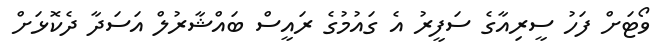
ވޯޓަށް ފަހު ސީރިއާގެ ސަފީރު އެ ގައުމުގެ ރައީސް ބައްޝާރުލް އަސަދާ ދެކޮޅަށް